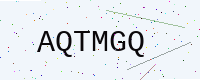
Text: AQTMGQ